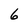
Character: 6